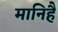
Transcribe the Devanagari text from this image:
मानिहैं